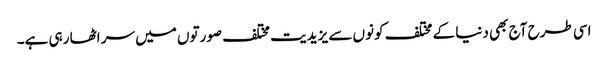
اسی طرح آج بھی دنیا کے مختلف کونوں سے یزیدیت مختلف صورتوں میں سر اٹھا رہی ہے۔